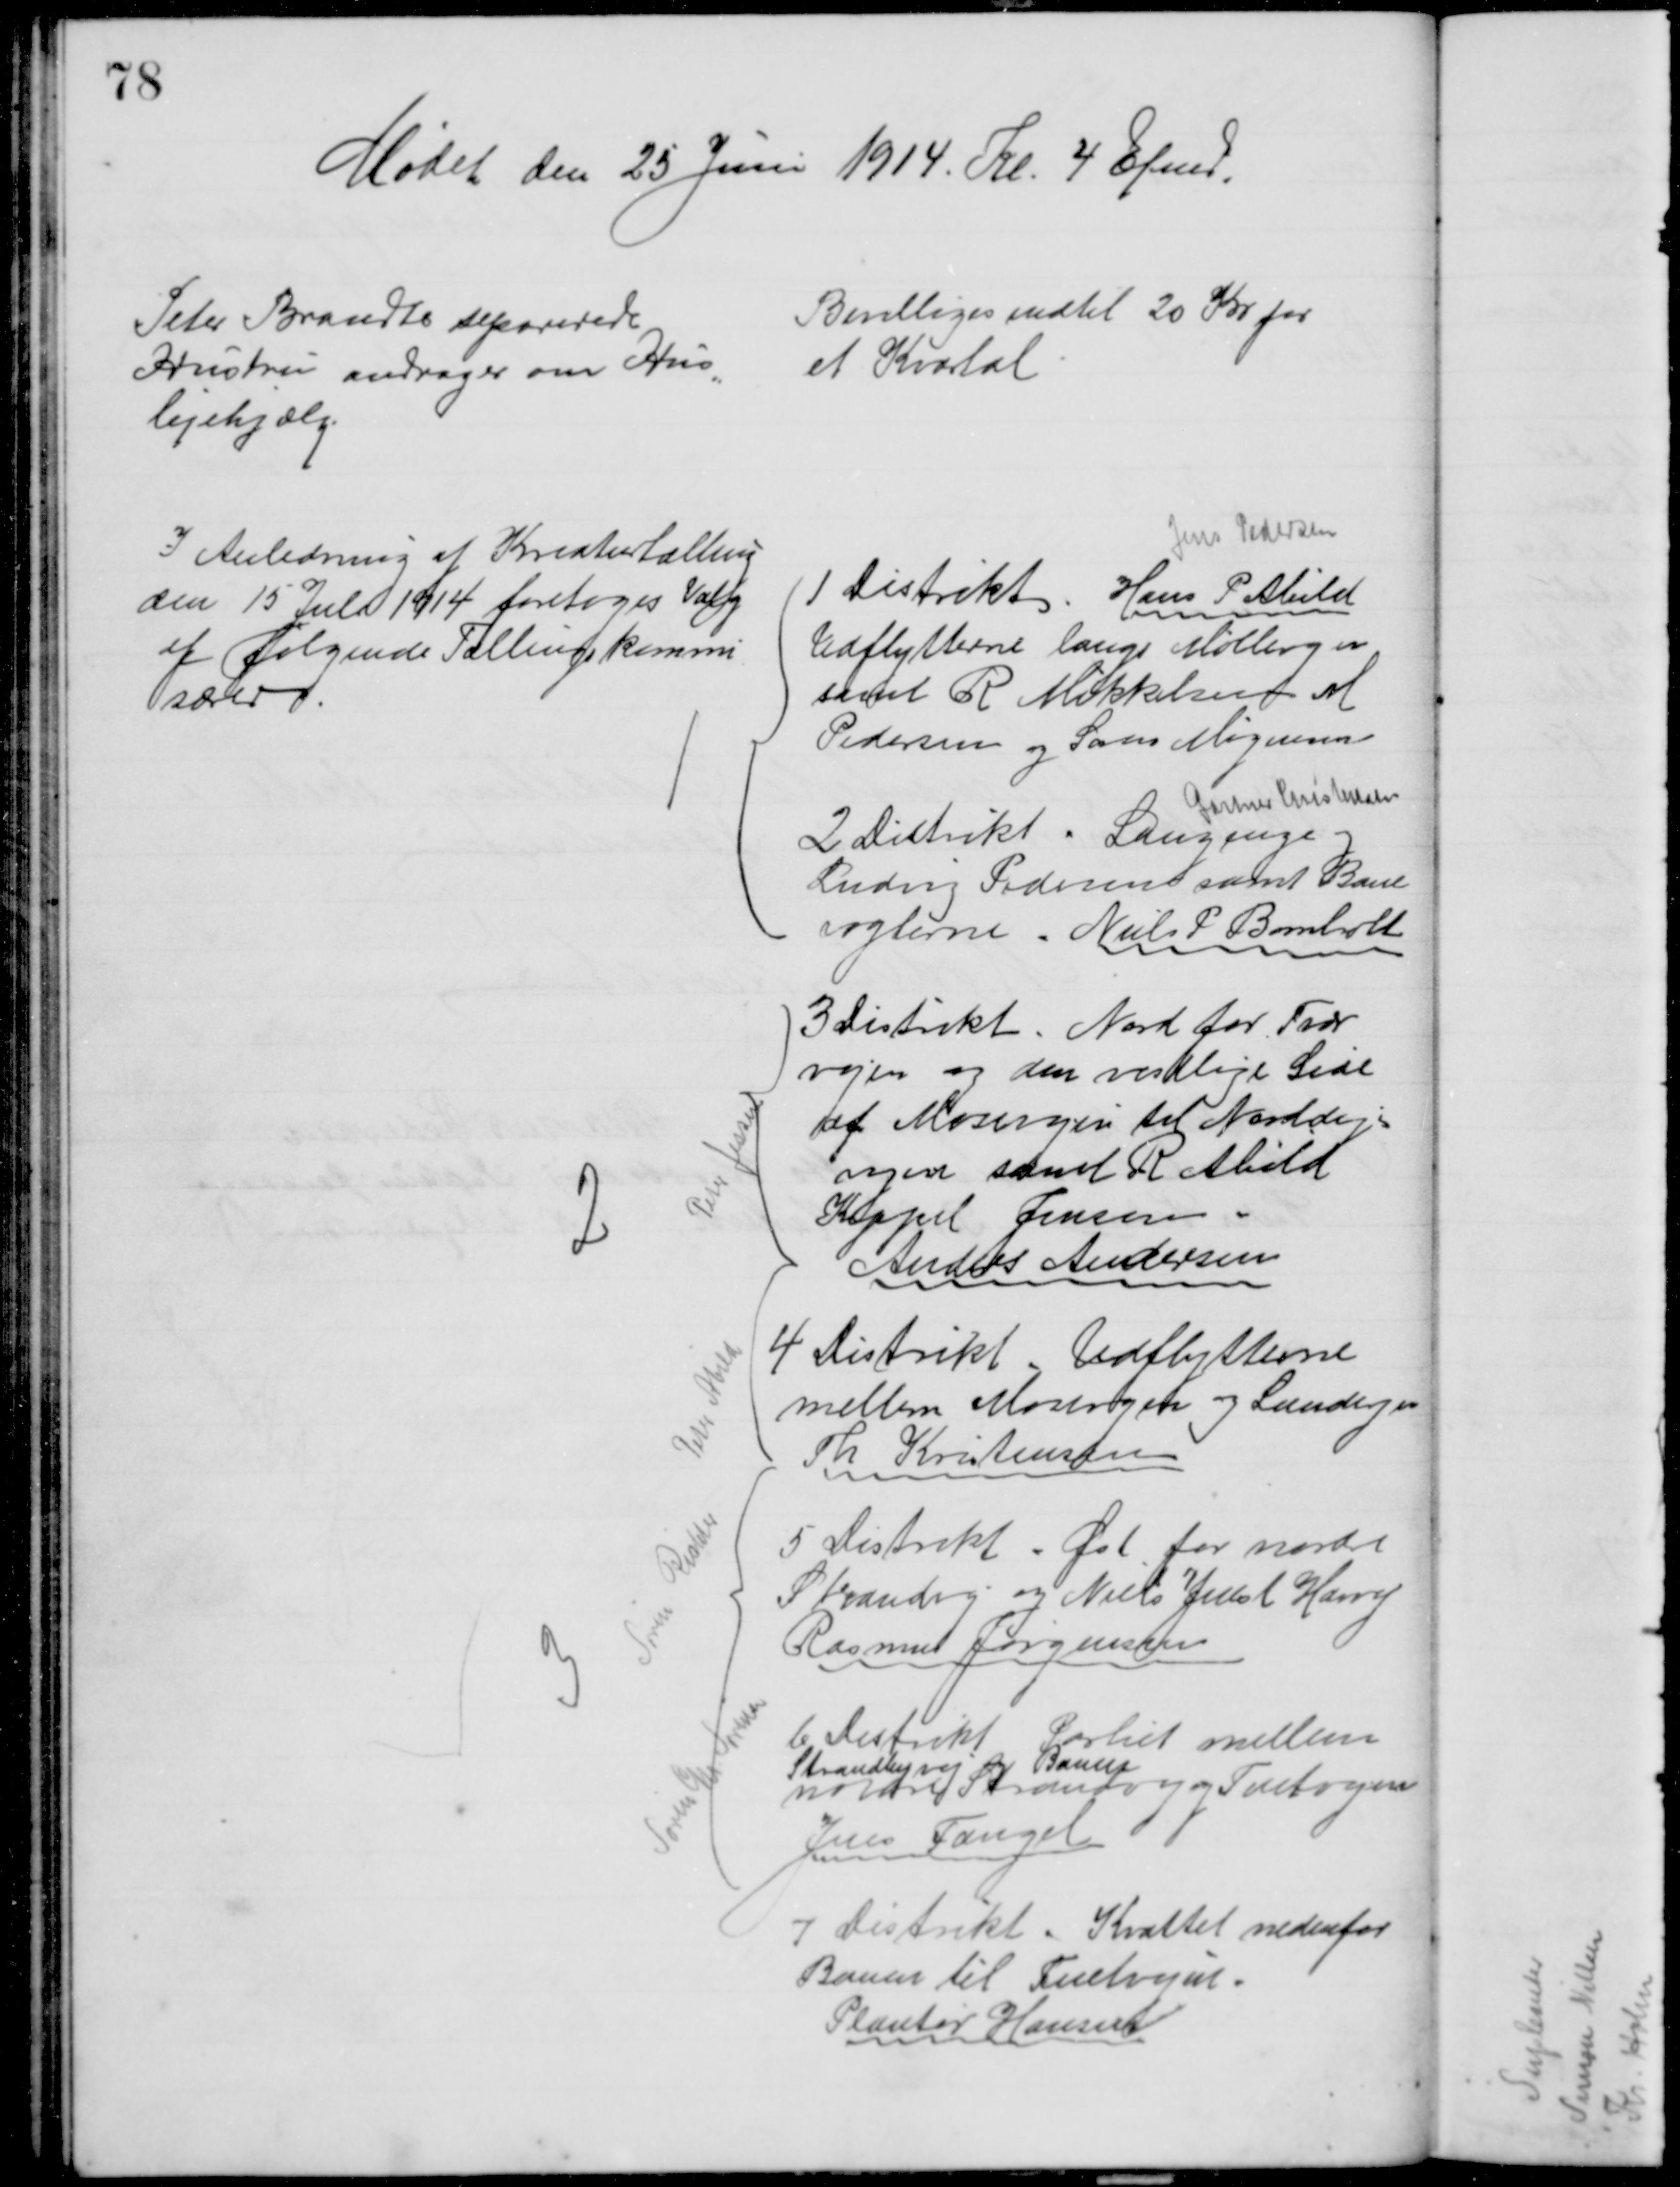
Transskription:
Mødet den 25 Juni 1914. Kl. 4 Efmd.
Peter Brandts separerede
Hustru andrager om Hus
=
lejehjælp.
Bevilliges indtil 20 Kr for
et Kvartal
I Anledning af Kreaturtælling
den 15 Juli 1914 foretoges Valg
af følgende Tællingskommi
særer
1
Jens Pedersen
1 Distrikt. Hans P. Abild
Udflytterne lange Mølleengen
samt R Mikkelsen M
Pedersen og Søren Mogensen
Gartner Christensen
2 Distrikt. Langenge og
Ludvig Pedersen samt Bane
vogterne. Niels P Bomholt
2
Peter Jessen
3 Distrikt. Nord for Tvær
vejen og den vestlige Side 
af Mosevejen til Norddige
vejen samt R. Abild
Kappel Jensen
Anders Andersen
Peter Abild
4 Distrikt. Udflytterne
mellem Mosevejen og Landevejen
Th Kristensen
3
Søren Richter
5 Distrikt - Øst for nordre
Strandvej og Niels Just Harry
Rasmus Jørgensen
Søren Chr Sørensen
6 Distrikt
Partiet mellem
Strandbyvej og Banen
nordre Strandvej og Fuetvejen 
Jens Fangel
7 Distrikt. Krattet nedenfor
Banen til Fuetvejen.
Plantør Hansen